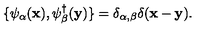
\{ \psi _ { \alpha } ( { \bf x } ) , \psi _ { \beta } ^ { \dagger } ( { \bf y } ) \} = \delta _ { \alpha , \beta } \delta ( { \bf x - y } ) .